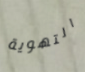
التهوية